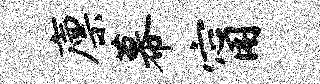
廪幕甯